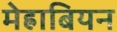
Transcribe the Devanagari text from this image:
मेह्राबियन